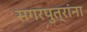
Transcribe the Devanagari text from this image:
सगरपुत्रांना